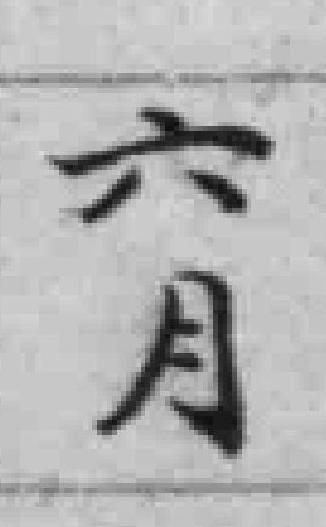
六月